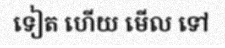
ទៀត ហើយ មើល ទៅ